Madras plague regulations and rules - Volume 1
Disease focus: Plague
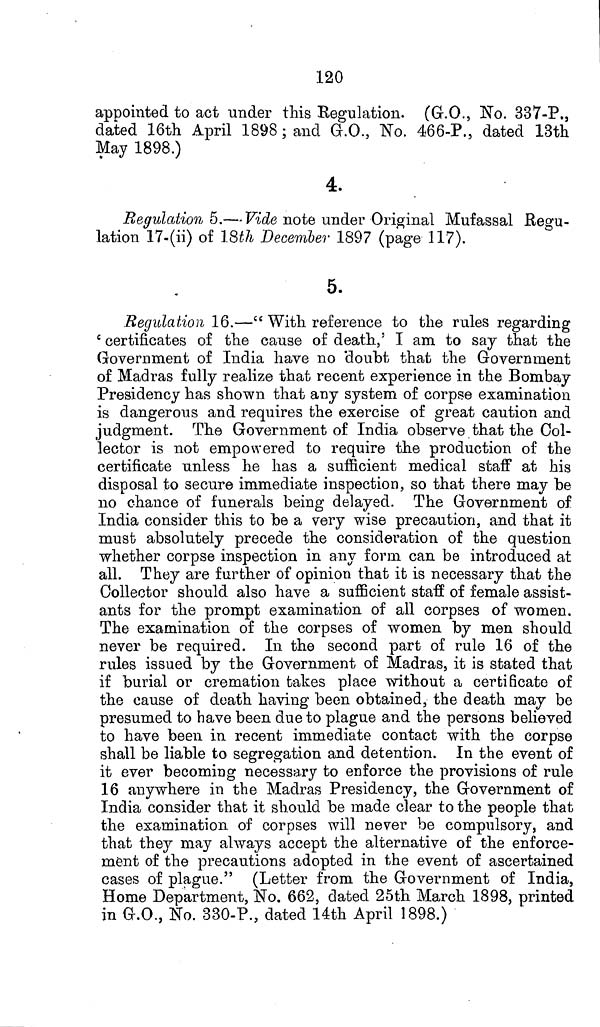
120
appointed to act under this Regulation. (G.O., No. 337-P.,
dated 16th April 1898; and G.O., No. 466-P., dated 13th
May 1898.)
4.
Regulation 5.—Vide note under Original Mufassal Regu-
lation 17-(ii) of 18th December 1897 (page 117).
5.
Regulation 16.—" With reference to the rules regarding
'certificates of the cause of death,' I am to say that the
Government of India have no "doubt that the Government
of Madras fully realize that recent experience in the Bombay
Presidency has shown that any system of corpse examination
is dangerous and requires the exercise of great caution and
judgment. The Government of India observe that the Col-
lector is not empowered to require the production of the
certificate unless he has a sufficient medical staff at his
disposal to secure immediate inspection, so that there may be
no chance of funerals being delayed. The Government of
India consider this to be a very wise precaution, and that it
must absolutely precede the consideration of the question
whether corpse inspection in any form can be introduced at
all. They are further of opinion that it is necessary that the
Collector should also have a sufficient staff of female assist-
ants for the prompt examination of all corpses of women.
The examination of the corpses of women by men should
never be required. In the second part of rule 16 of the
rules issued by the Government of Madras, it is stated that
if burial or cremation takes place without a certificate of
the cause of death having been obtained, the death may be
presumed to have been due to plague and the persons believed
to have been in recent immediate contact with the corpse
shall be liable to segregation and detention. In the event of
it ever becoming necessary to enforce the provisions of rule
16 anywhere in the Madras Presidency, the Government of
India consider that it should be made clear to the people that
the examination of corpses will never be compulsory, and
that they may always accept the alternative of the enforce-
ment of the precautions adopted in the event of ascertained
cases of plague." (Letter from the Government of India,
Home Department, No. 662, dated 25th March 1898, printed
in G.O., No. 330-P., dated 14th April 1898.)